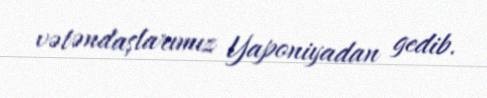
vətəndaşlarımız Yaponiyadan gedib.